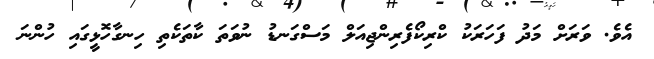
އެވެ. ވަރަށް މަދު ފަހަރަކު ކްރިކޯފެރިންޖިއަލް މަސްގަނޑު ނުވަތަ ކާތަކެތި ހިނގާހޮޅީގައި ހުންނަ